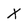
Character: X